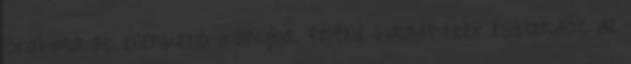
Brahmá az ellenkező irányba, felfelé haladt ezer esztendőt, de